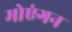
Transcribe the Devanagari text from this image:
मोएंगन